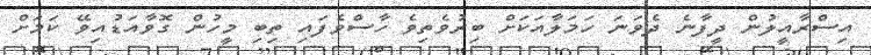
އިސްރާއީލުން ދީފާނެ ދެވަނަ ހަމަލާއަކަށް ބިރުވެތިވެ ހާސްވެފައި ތިބި މީހުން ގޮވާއަޑުއިވޭ ކަމަށް